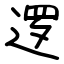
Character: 逻